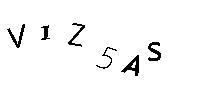
V1Z5AS